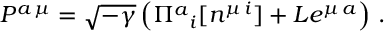
{ \cal P } ^ { a \, \mu } = \sqrt { - \gamma } \left( \Pi ^ { a } { } _ { i } [ n ^ { \mu \, i } ] + L e ^ { \mu \, a } \right) \, .